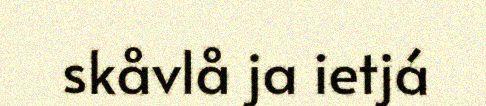
skåvlå ja ietjá